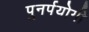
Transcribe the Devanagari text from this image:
पुनर्पयोगी